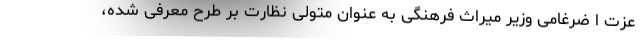
عزت ا ضرغامی وزیر میراث فرهنگی به عنوان متولی نظارت بر طرح معرفی شده،